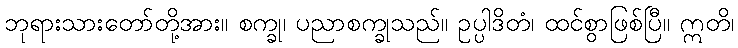
ဘုရားသားတော်တို့အား။ စက္ခု၊ ပညာစက္ခုသည်။ ဥပ္ပါဒိတံ၊ ထင်စွာဖြစ်ပြီ။ ဣတိ၊